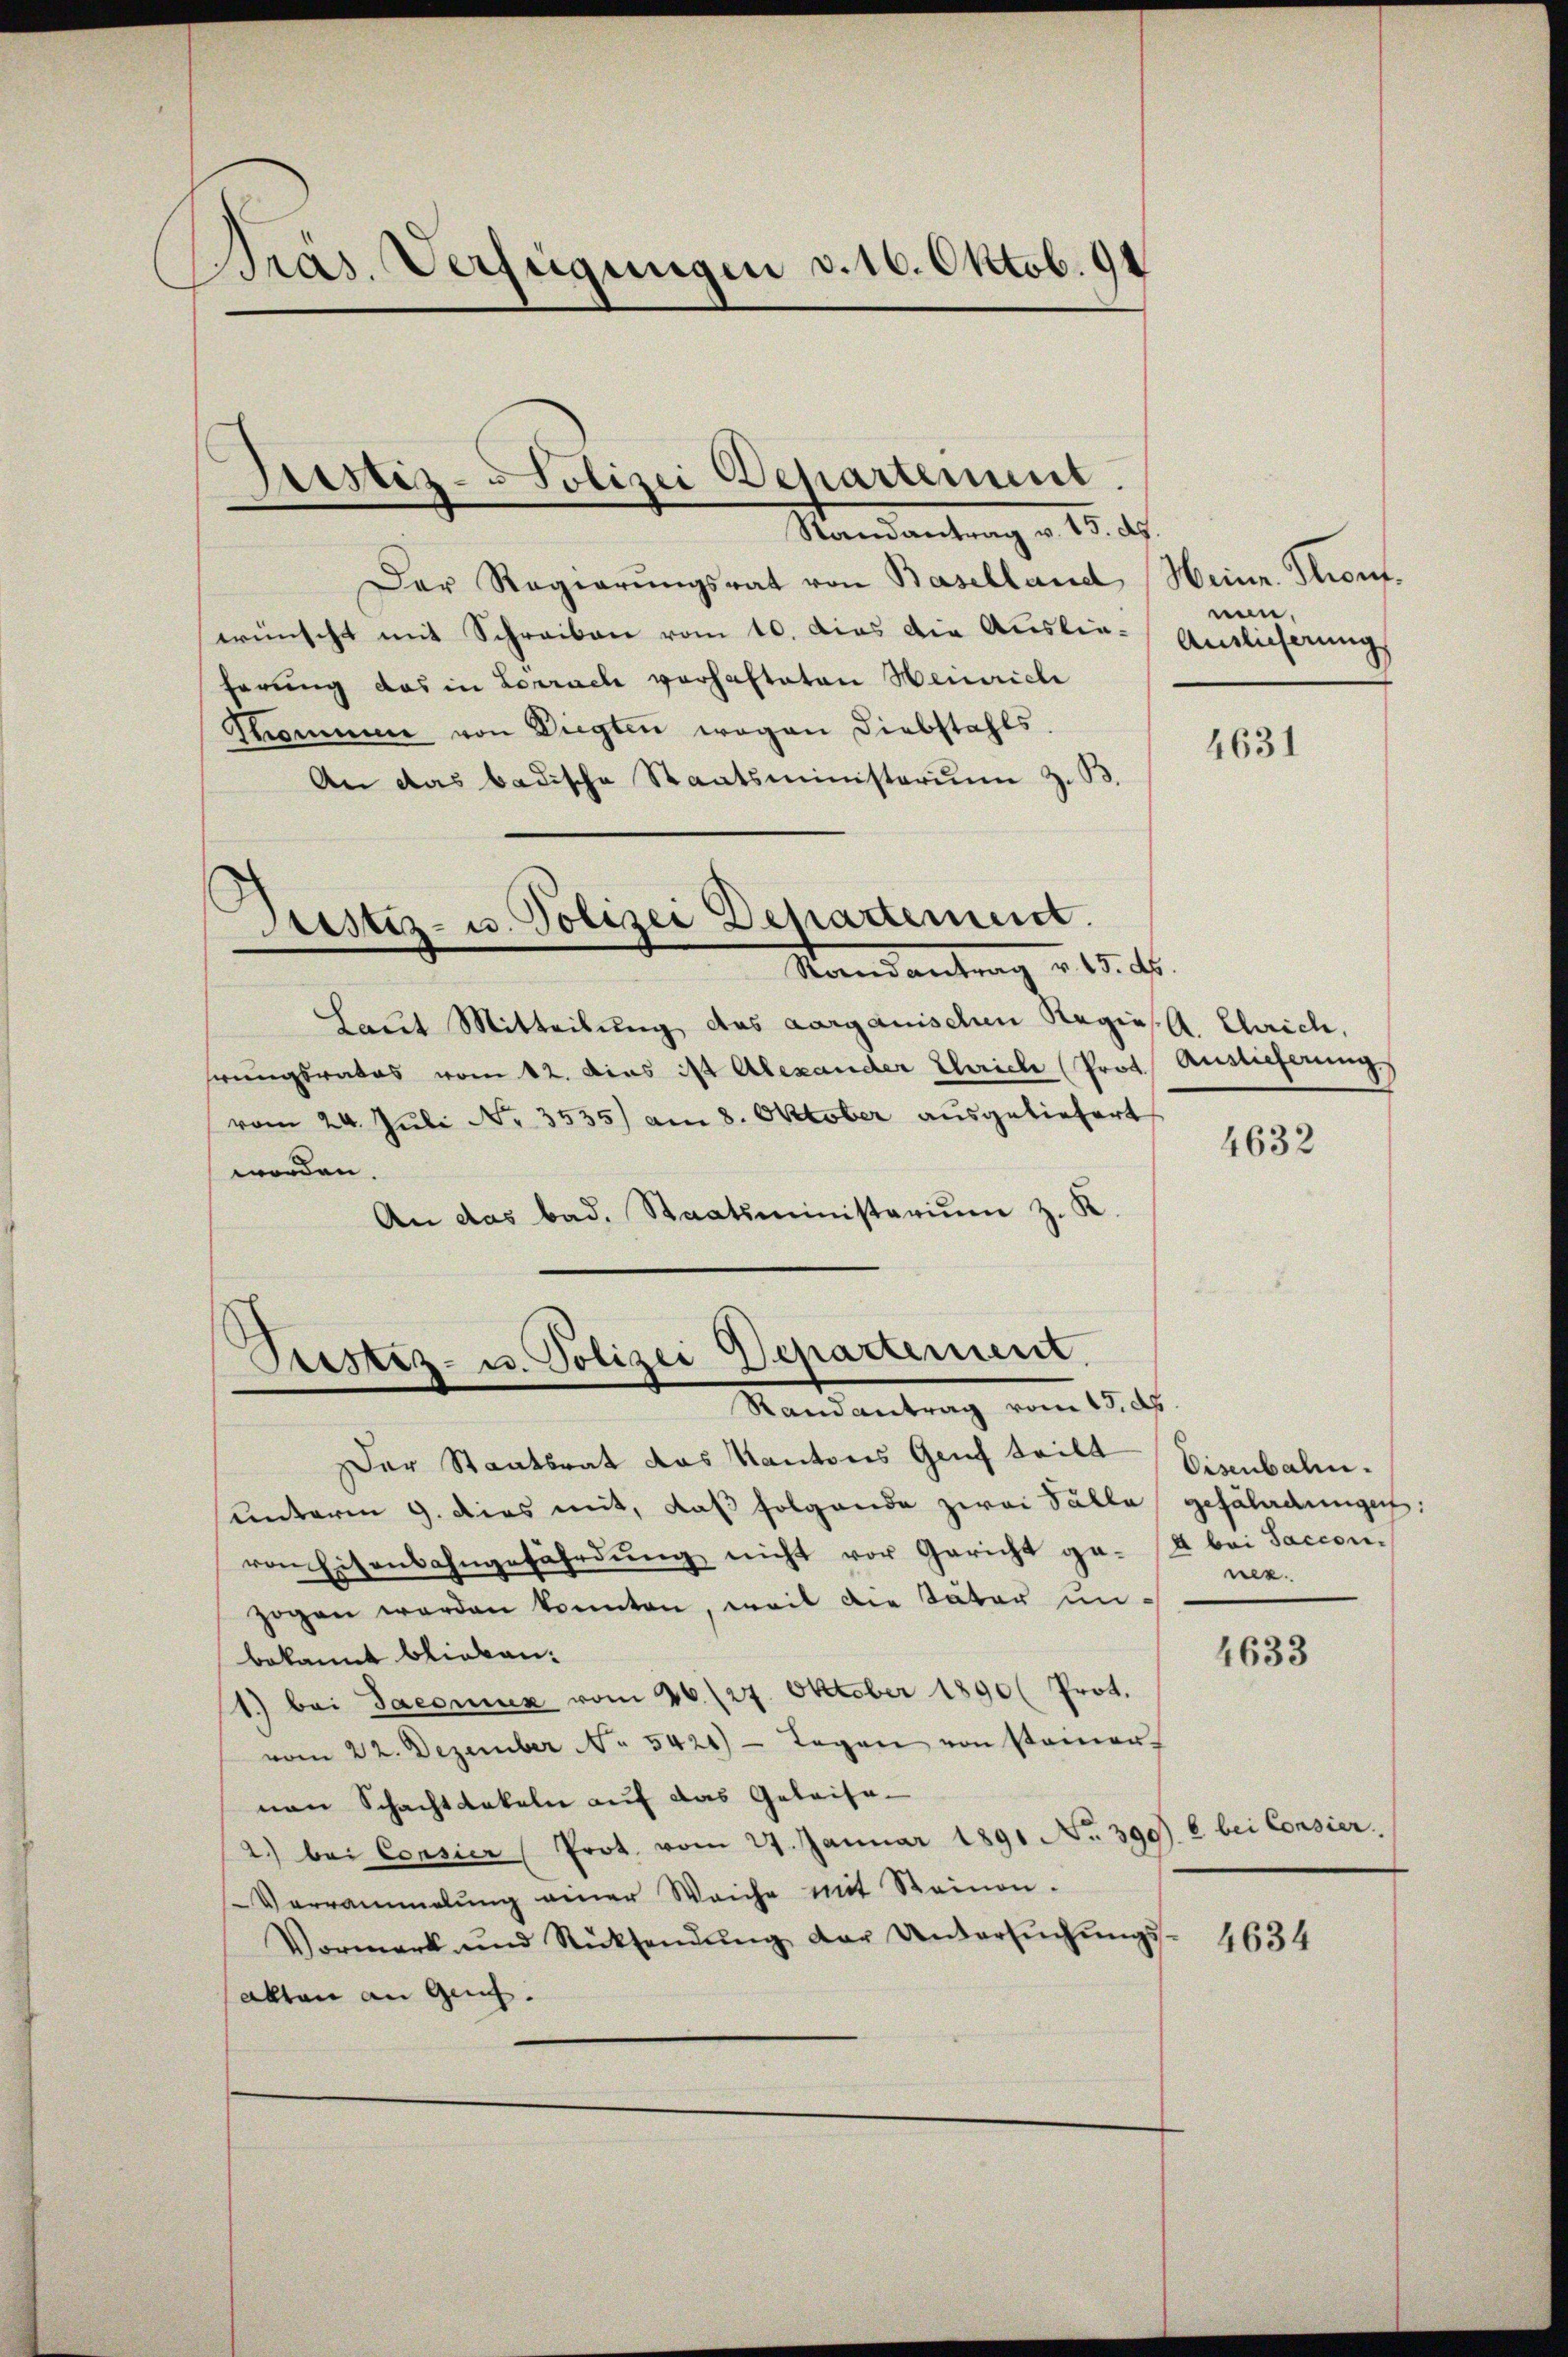
pras. Verfügungen d. 16. Oktob. 91

Justiz-Polizei Departement.
Randantrag v. 15. ds.

Seestez- u. Polizei Departement.
Stand antrag vom 1. s.

Der Regierungsrat von Baselland Heinr. Front.
wünscht mit Schreiben vom 10. dies die Auslie- Auslieferungs
herung das in Lörrach verhafteten Heinrich
Pommen von Liegten wegen Diebstahls.
An das badische Staatsministerium z. B.
¬
Justiz- u. Polizei Departement.
Stand antrag u. 15. ds.
Haut Mitteilung des aargauischen Regiess. Chrich,
hrungsrates vom 12. dies ist Alexander Chrich Prot. Auslieferung
vom 24. Juli Nr. 3535) am 8. Oktober ausgeliefert
worden.
An das bad. Staatsministerium z. K.

nen.

Der Staatsrat das Kantons Genf teilt Eisenbahn.
unterm 9. Dies mit, daß folgende zwei Fälle gefährdungen:
von Eisenbahngefährdung nicht vor Gericht ge- A bei Saccon-
zogen werden konnten, weil die Väter unbekannt blieben:
1.) bei Jaconus vom 26. 127. Oktober 1890 (Prot.
vom 22. Dezember No. 5421) - Tagen von seinen-
nen Schachtackeln auf das Geleise
2.) bei Consier (Prot. vom 24. Januar 1891 No. 390). 6 bei Consier.
Verrammelŭng einer Weiche mit Steinen.
Vormerk und Rücksendŭng der Untersŭchŭngs-
akten an Genf.

4631

4632

nee.

4633

4634